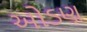
ઓડણ